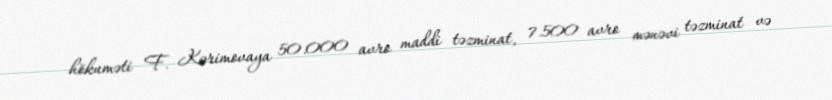
hökuməti F. Kərimovaya 50.000 avro maddi təzminat, 7.500 avro mənəvi təzminat və